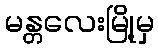
မန္တလေးမြို့မှ